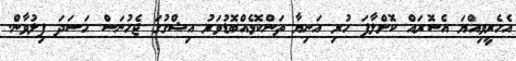
އެހެރީވިއްޔަ އެސޮރައް ކޮށްލާފަ ހުރި އަނިޔާ ތަންކޮޅެއްބޮޑުވަރު އިޝްގުގަ ޖެހުނަސް ހަސަދަ ފިލުވާން.